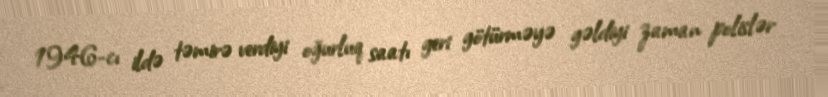
1946-cı ildə təmirə verdiyi oğurluq saatı geri götürməyə gəldiyi zaman polislər